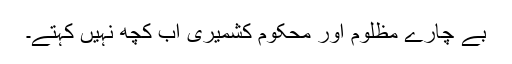
بے چارے مظلوم اور محکوم کشمیری اب کچھ نہیں کہتے۔